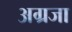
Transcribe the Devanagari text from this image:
अग्रजा